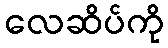
လေဆိပ်ကို